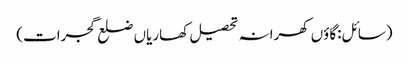
(سائل:گاؤں کھرانہ تحصیل کھاریاں ضلع گجرات)